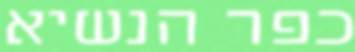
כפר הנשיא